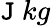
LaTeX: \mathtt{J}~kg